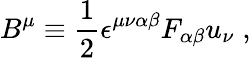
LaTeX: B^{\mu}\equiv\frac{1}{2}\epsilon^{\mu\nu\alpha\beta}F_{\alpha\beta}u_{\nu}\; ,